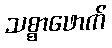
သစ္စာဖောက်